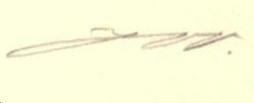
J W.